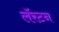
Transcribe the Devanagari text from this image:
लॅरटन